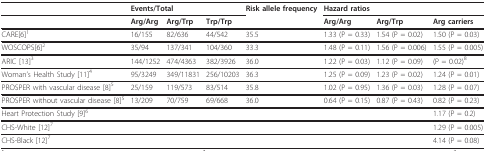
|  | <COLSPAN=3> Events/Total | Risk allele frequency | <COLSPAN=3> Hazard ratios |
 |  | Arg/Arg | Arg/Trp | Trp/Trp |  | Arg/Arg | Arg/Trp | Arg carriers |
 | --- | --- | --- | --- | --- | --- | --- | --- |
 | CARE[6]1 | 16/155 | 82/636 | 44/542 | 35.5 | 1.33 (P = 0.33) | 1.54 (P = 0.02) | 1.50 (P = 0.03) |
 | WOSCOPS[6]2 | 35/94 | 137/341 | 104/360 | 33.3 | 1.48 (P = 0.11) | 1.56 (P = 0.006) | 1.55 (P = 0.005) |
 | ARIC [13]3 | 144/1252 | 474/4363 | 382/3926 | 36.0 | 1.22 (P = 0.03) | 1.12 (P = 0.09) | (P = 0.02)8 |
 | Woman's Health Study [11]4 | 95/3249 | 349/11831 | 256/10203 | 36.3 | 1.25 (P = 0.09) | 1.23 (P = 0.02) | 1.24 (P = 0.01) |
 | PROSPER with vascular disease [8]5 | 25/159 | 119/573 | 83/514 | 35.8 | 1.02 (P = 0.95) | 1.36 (P = 0.03) | 1.28 (P = 0.07) |
 | PROSPER without vascular disease [8]5 | 13/209 | 70/759 | 69/668 | 36.0 | 0.64 (P = 0.15) | 0.87 (P = 0.43) | 0.82 (P = 0.23) |
 | Heart Protection Study [9]6 |  |  |  |  |  |  | 1.17 (P = 0.2) |
 | CHS-White [12]7 |  |  |  |  |  |  | 1.29 (P = 0.005) |
 | CHS-Black [12]7 |  |  |  |  |  |  | 4.14 (P = 0.08) |